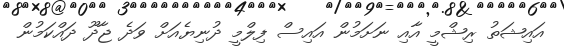
އައިޝަތު ރިޝްމީ އާއި ނަށަމުން އައިސް ފިލްމީ ދުނިޔެއަށް ވަދެ ޖާދޫ ދައްކަމުން